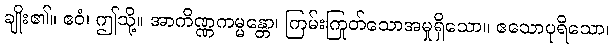
ချိုး၏။ ဧဝံ၊ ဤသို့။ အာကိဏ္ဏကမ္မန္တော၊ ကြမ်းကြုတ်သောအမှုရှိသော။ ဧသောပုရိသော၊